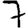
Digit: 7